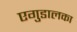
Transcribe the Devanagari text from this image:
एगुडालका